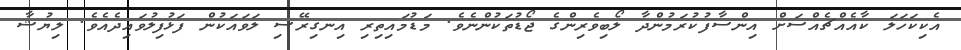
އެކިކަހަލަ ކާއެއްޗެއްސަށް އިންސާފުކުރަމުންދާ ލޯބިވެރިންގެ ޖޯޑުތަކުންނެވެ. މަޑުމައިތިރި އިނގިރޭސި ލަވައަކުން ފަޅުފިލުވައިދެއެވެ. ލިޔުޝާ